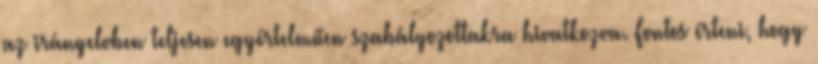
az irányelvben teljesen egyértelműen szabályozottakra hivatkozva. Fontos érteni, hogy